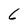
Character: 6